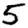
Digit: 5